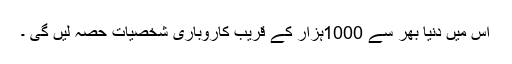
اس میں دنیا بھر سے 1000ہزار کے قریب کاروباری شخصیات حصہ لیں گی ۔